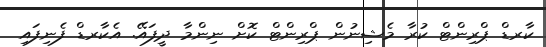
ކާރޑް ޕްރިންޓް ކުރާ މެޝިނުން ޕްރިންޓް ކޮށް ނިންމާ ދީފައޭ. އެކާރޑް ފެނިފައި